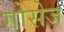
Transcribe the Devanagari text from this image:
गोसेज